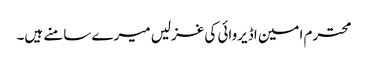
محترم امین اڈیروائی کی غزلیں میرے سامنے ہیں۔